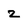
Character: 2